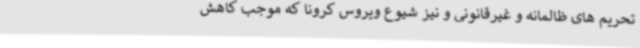
تحریم های ظالمانه و غیرقانونی و نیز شیوع ویروس کرونا که موجب کاهش